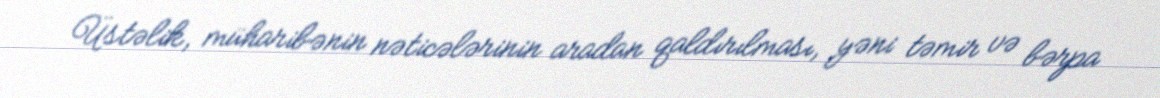
Üstəlik, müharibənin nəticələrinin aradan qaldırılması, yəni təmir və bərpa